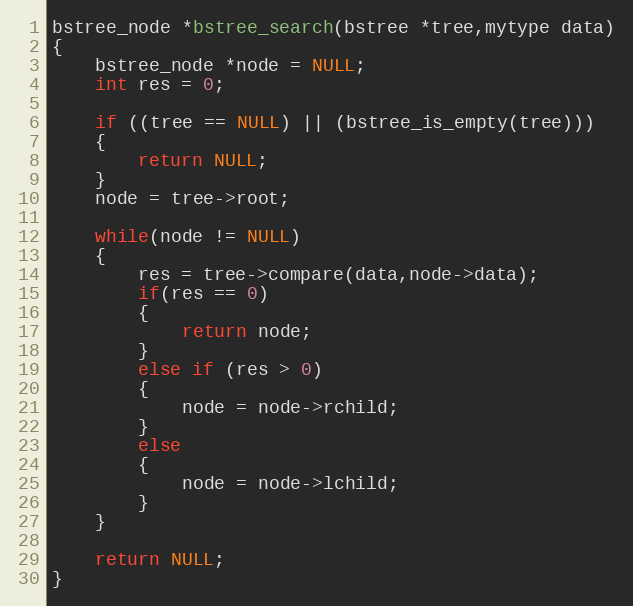
Language: C
bstree_node *bstree_search(bstree *tree,mytype data)
{
	bstree_node *node = NULL;
	int res = 0;

	if ((tree == NULL) || (bstree_is_empty(tree)))
	{
		return NULL;
	}
    node = tree->root;

	while(node != NULL)
	{
		res = tree->compare(data,node->data);
		if(res == 0)
		{
			return node;
		}
		else if (res > 0)
		{
			node = node->rchild;
		}
		else
		{
			node = node->lchild;
		}
	}

	return NULL;
}